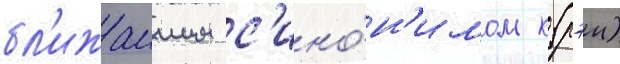
бл'ижаишим с'ино́н'имом к (рэи)